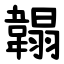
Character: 䪚